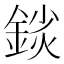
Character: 𨨚